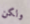
ولكن